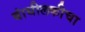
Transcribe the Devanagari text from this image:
बांधीलकीचा